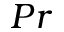
P r